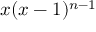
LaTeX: x ( x - 1 ) ^ { n - 1 }